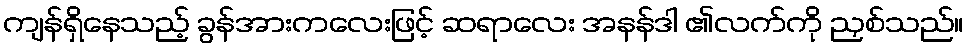
ကျန်ရှိနေသည့် ခွန်အားကလေးဖြင့် ဆရာလေး အနန်ဒါ ၏လက်ကို ညှစ်သည်။